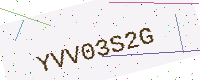
Text: YVV03S2G